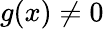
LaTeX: g(x)\neq 0